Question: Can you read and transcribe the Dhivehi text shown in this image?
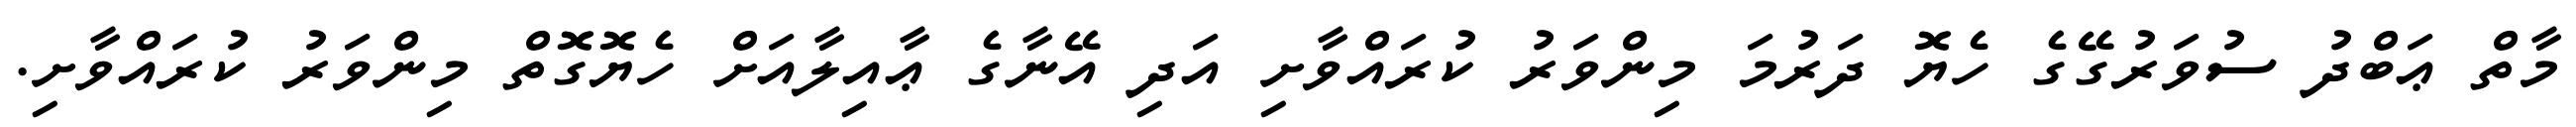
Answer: މާތް ޢަބްދު ސުވަރުގޭގެ ހެޔޮ ދަރުމަ މިންވަރު ކުރައްވާށި އަދި އޭނާގެ ޢާއިލާއަށް ހެޔޮގޮތް މިންވަރު ކުރައްވާށި.